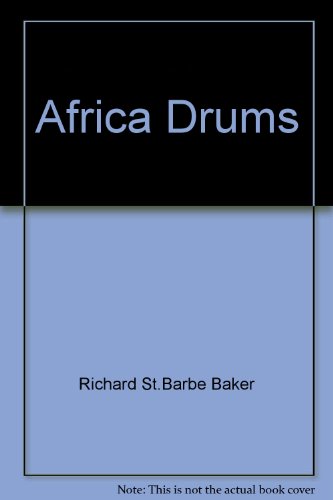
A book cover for Africa drums,; Richard St. Barbe Baker; Travel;